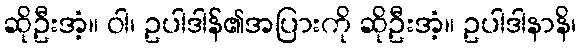
ဆိုဦးအံ့။ ဝါ၊ ဥပါဒါန်၏အပြားကို ဆိုဦးအံ့။ ဥပါဒါနာနိ၊